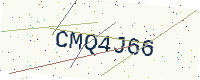
Text: CMQ4J66